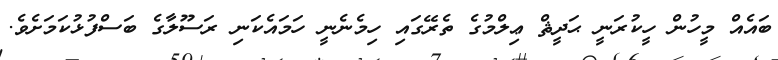
ބައެއް މީހުން ހީކުރަނީ ޙަދީޘް ޢިލްމުގެ ތެރޭގައި ހިމެނެނީ ހަމައެކަނި ރަސޫލާގެ ބަސްފުޅުކަމަށެވެ.